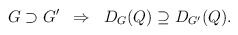
\begin{align*}G \supset G' \;\; \Rightarrow \;\; D_G(Q) \supseteq D_{G'}(Q).\end{align*}